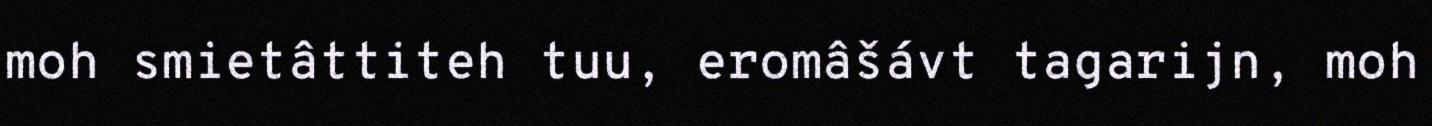
moh smietâttiteh tuu, eromâšávt tagarijn, moh